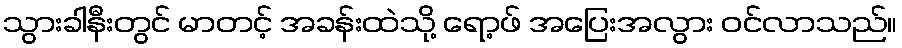
သွားခါနီးတွင် မာတင့် အခန်းထဲသို့ ရော့ဖ် အပြေးအလွား ဝင်လာသည်။